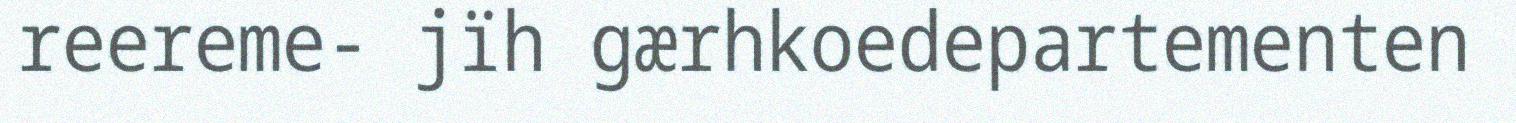
reereme- jïh gærhkoedepartementen